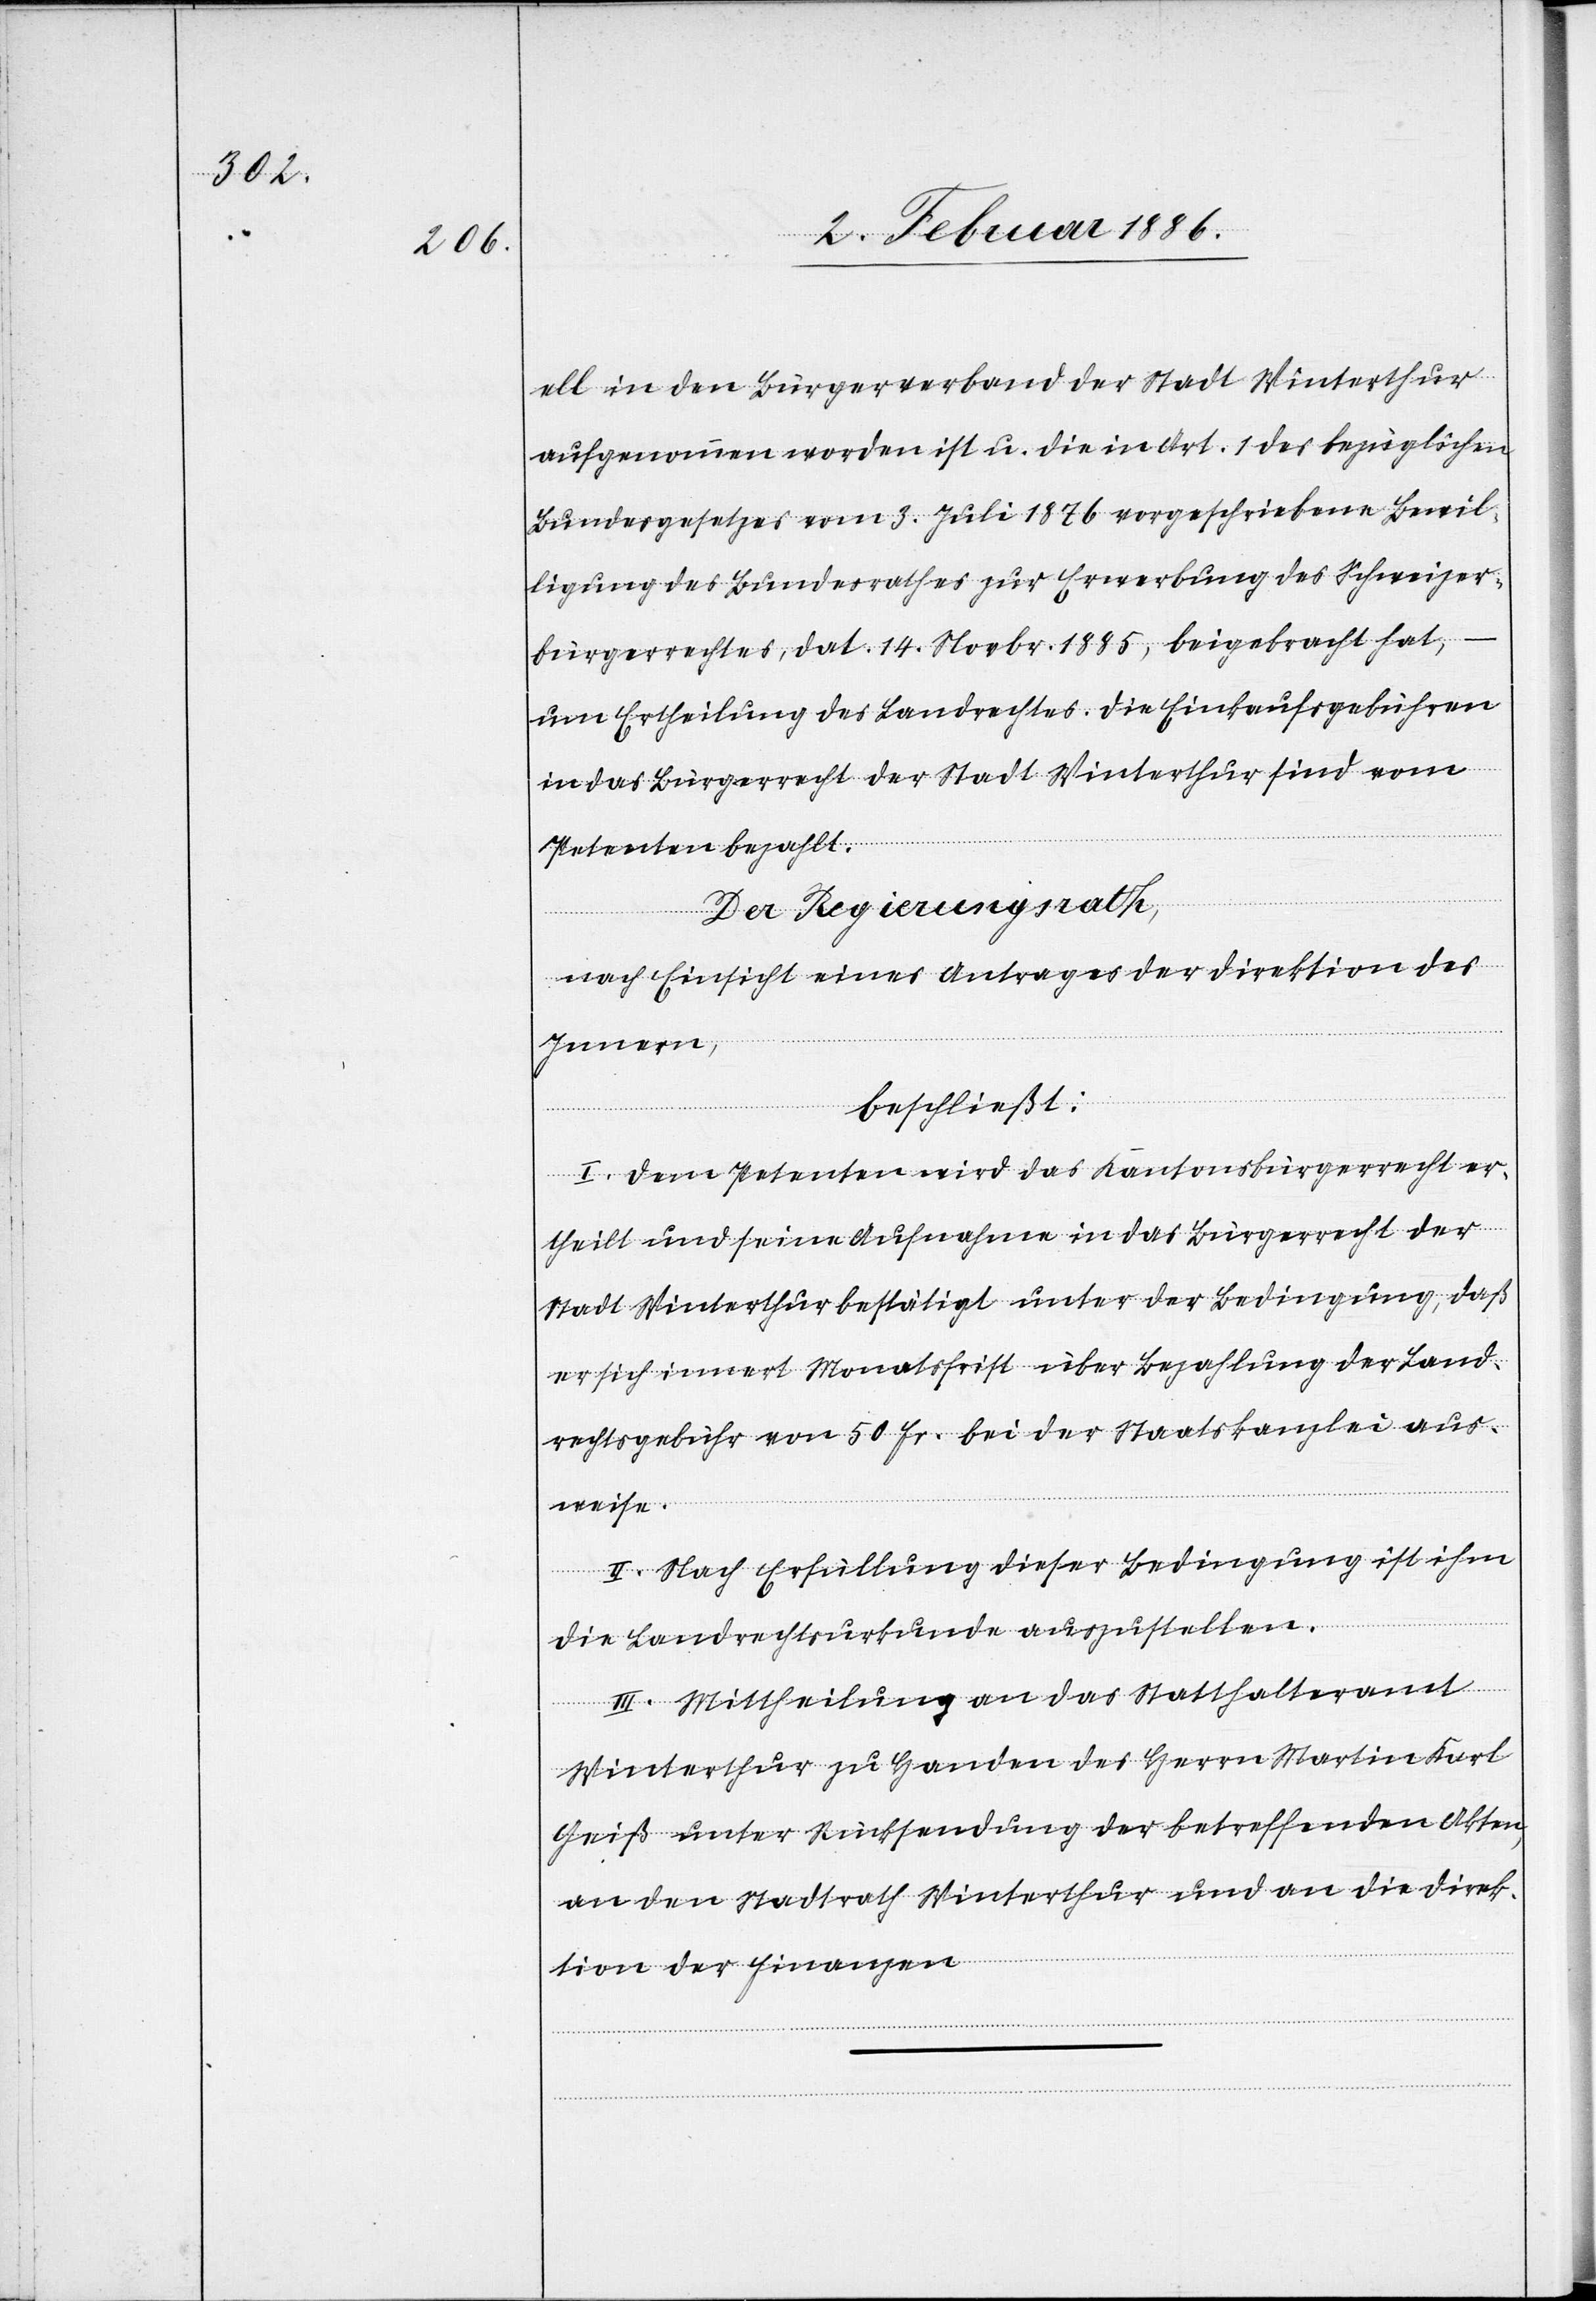
ell in den Bürgerverband der Stadt Winterthur
aufgenommen worden ist u. die in Art. 1 des bezüglichen
Bundesgesetzes vom 3. Juli 1876 vorgeschriebene Bewil¬
ligung des Bundesrathes zur Erwerbung des Schweizer¬
bürgerrechtes, dat. 14. Novbr. 1885, beigebracht hat,
um Ertheilung des Landrechtes. Die Einkaufsgebühren
in das Bürgerrecht der Stadt Winterthur sind vom
Petenten bezahlt.
Der Regierungsrath,
nach Einsicht eines Antrages der Direktion des
Innern,
beschließt:
I. Dem Petenten wird das Kantonsbürgerrecht er¬
theilt und seine Aufnahme in das Bürgerrecht der
Stadt Winterthur bestätigt unter der Bedingung, daß
er sich innert Monatsfrist über Bezahlung der Land¬
rechtsgebühr von 50 Fr. bei der Staatskanzlei aus¬
weise.
II. Nach Erfüllung dieser Bedingung ist ihm
die Landrechtsurkunde auszustellen.
III. Mittheilung an das Statthalteramt
Winterthur zu Handen des Herrn Martin Karl
Geiß unter Rücksendung der betreffenden Akten,
an den Stadtrath Winterthur und an die Direk¬
tion der Finanzen.